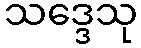
သဒ္ဒေသု